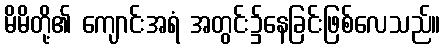
မိမိတို့၏ ကျောင်းအရံ အတွင်း၌နေခြင်းဖြစ်လေသည်။